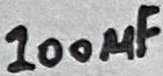
Text: 100µF